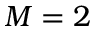
M = 2